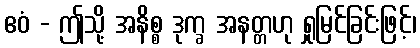
ဧဝံ - ဤသို့ အနိစ္စ ဒုက္ခ အနတ္တဟု ရှုမြင်ခြင်းဖြင့်၊